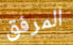
المرفق